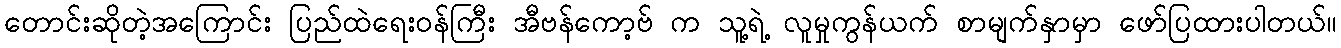
တောင်းဆိုတဲ့အကြောင်း ပြည်ထဲရေးဝန်ကြီး အီဗန်ကော့ဗ် က သူ့ရဲ့ လူမှုကွန်ယက် စာမျက်နှာမှာ ဖော်ပြထားပါတယ်။